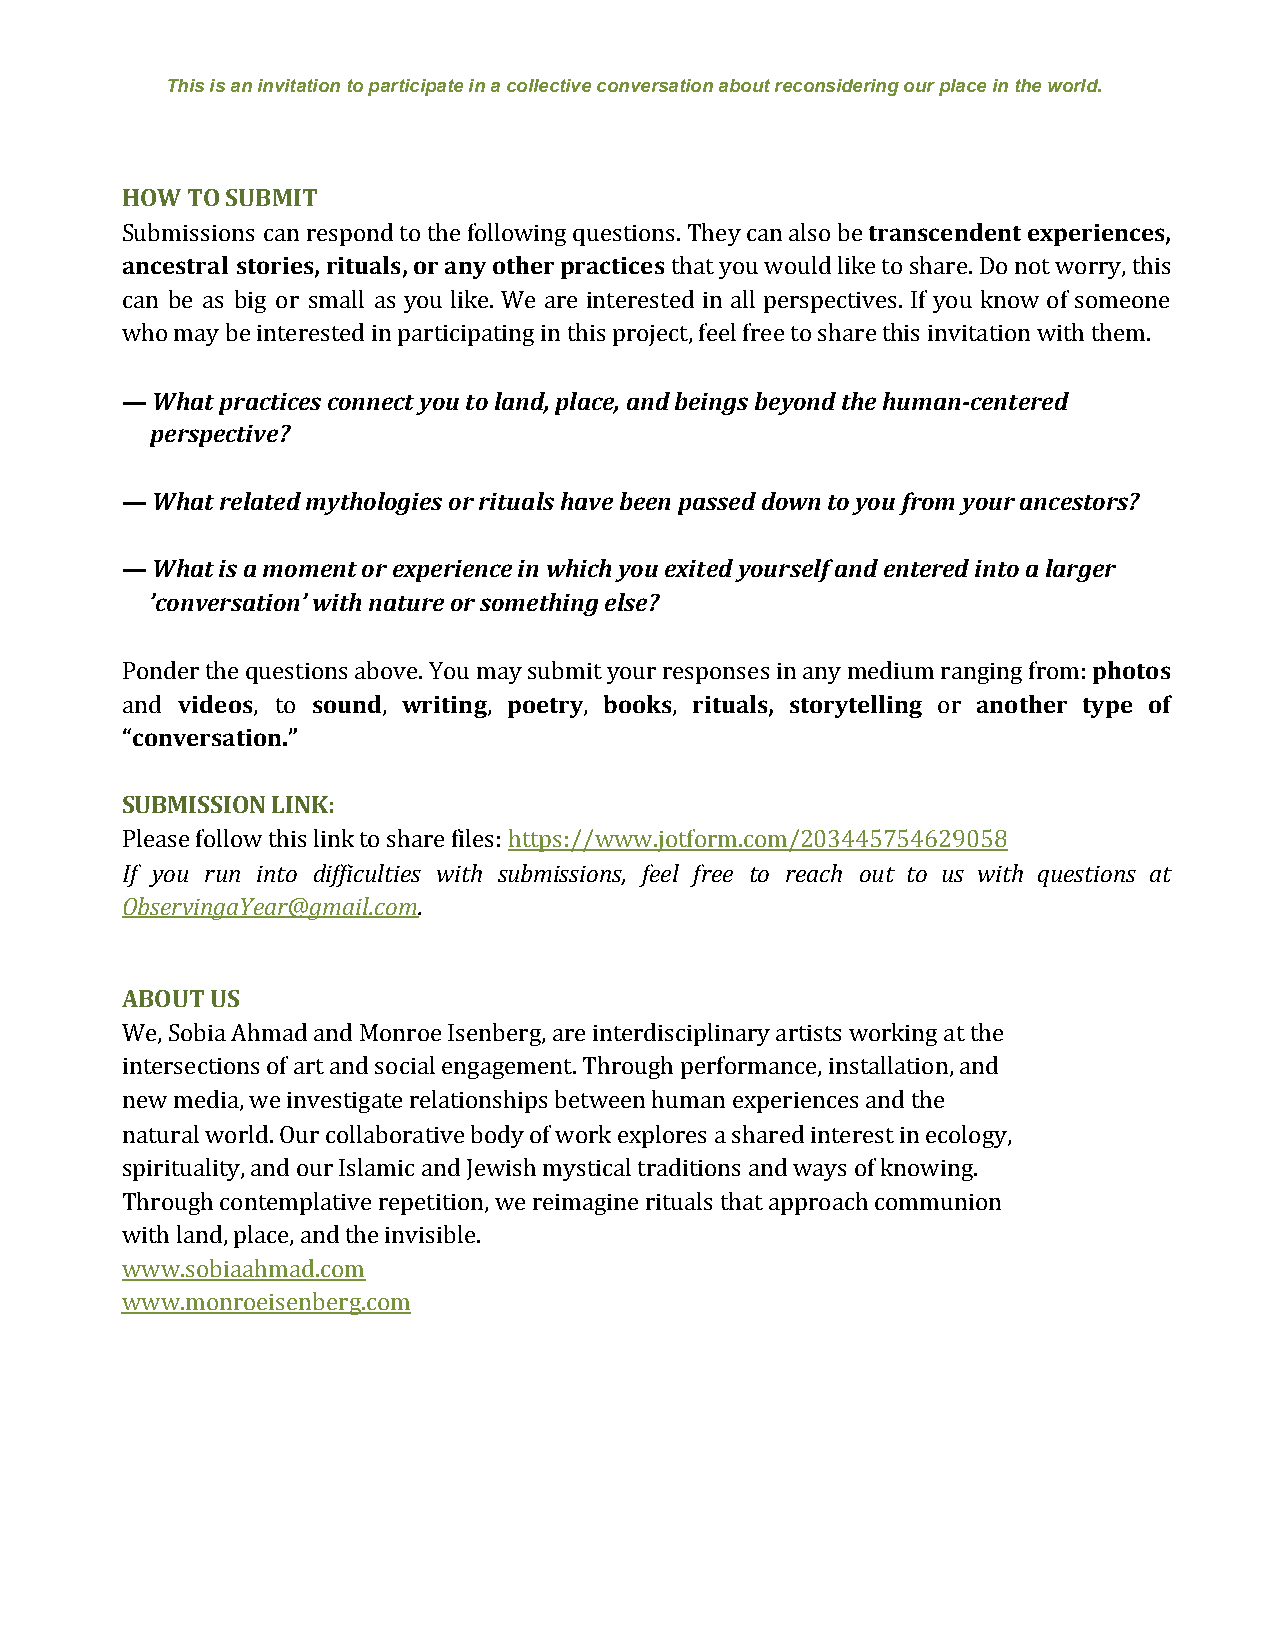
This is an invitation to participate in a collective conversation about reconsidering our place in the world.
 HOW TO SUBMIT
 Submissions can respond to the following questions. They can also be transcendent experiences,
 ​
 ancestral stories, rituals, or any other practices that you would like to share. Do not worry, this
 can be as big or small as you like. We are interested in all perspectives. If you know of someone
 who may be interested in participating in this project, feel free to share this invitation with them.
 — What practices connect you to land, place, and beings beyond the human-centered
 perspective?
 — What related mythologies or rituals have been passed down to you from your ancestors?
 — What is a moment or experience in which you exited yourself and entered into a larger
 ’conversation’ with nature or something else?
 Ponder the questions above. You may submit your responses in any medium ranging from: photos
 ​
 and videos, to sound, writing, poetry, books, rituals, storytelling or another type of
 ​    ​   ​   ​ ​    ​ ​    ​ ​   ​ ​    ​            ​
 “conversation.”
 ​
 SUBMISSION LINK:
 Please follow this link to share files: https://www.jotform.com/203445754629058
 ​
 If you run into difficulties with submissions, feel free to reach out to us with questions at
 ObservingaYear@gmail.com.
 ​
 ABOUT US
 We, Sobia Ahmad and Monroe Isenberg, are interdisciplinary artists working at the
 intersections of art and social engagement. Through performance, installation, and
 new media, we investigate relationships between human experiences and the
 natural world. Our collaborative body of work explores a shared interest in ecology,
 spirituality, and our Islamic and Jewish mystical traditions and ways of knowing.
 Through contemplative repetition, we reimagine rituals that approach communion
 with land, place, and the invisible.
 www.sobiaahmad.com
 www.monroeisenberg.com
 ​